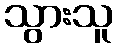
သွားသူ